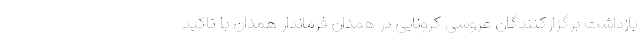
بازداشت برگزارکنندگان عروسی کرونایی در همدان فرماندار همدان با تاکید